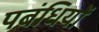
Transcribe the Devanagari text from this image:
पबंधियों